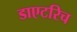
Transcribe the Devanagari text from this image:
डाएटरिच